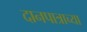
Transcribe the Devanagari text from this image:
दानपात्राच्या